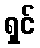
ရှင်